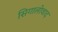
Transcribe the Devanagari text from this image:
सिगालोवाद